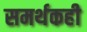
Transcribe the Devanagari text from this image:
समर्थकही